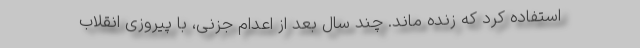
استفاده كرد كه زنده ماند. چند سال بعد از اعدام جزنی، با پیروزی انقلاب